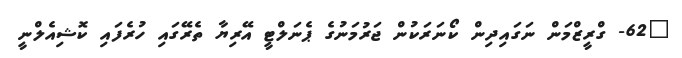
"62- ގްރީޒްމަން ނަގައިދިން ކޯނަރަކުން ޖަރުމަނުގެ ޕެނަލްޓީ އޭރިޔާ ތެރޭގައި ހުރެފައި ކޮޝިއެލްނީ